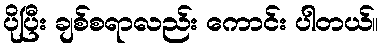
ပိုပြီး ချစ်စရာလည်း ကောင်း ပါတယ်။